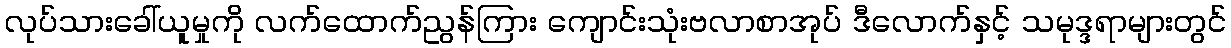
လုပ်သားခေါ်ယူမှုကို လက်ထောက်ညွန်ကြား ကျောင်းသုံးဗလာစာအုပ် ဒီလောက်နှင့် သမုဒ္ဒရာများတွင်